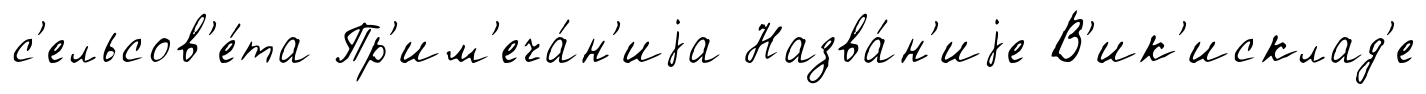
с'ельсов'е́та Пр'им'еча́н'иjа Назва́н'иjе В'ик'исклад'е